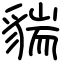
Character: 貒